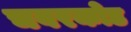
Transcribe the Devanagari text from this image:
चवरकोड